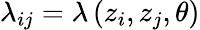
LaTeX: \lambda_{ij}=\lambda\left(z_{i},z_{j},\theta\right)